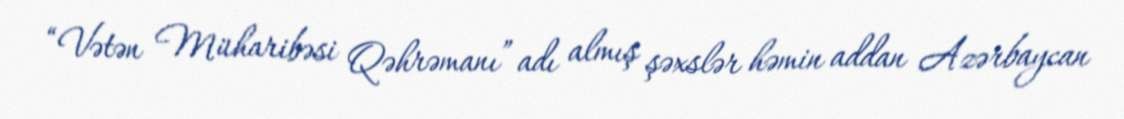
“Vətən Müharibəsi Qəhrəmanı” adı almış şəxslər həmin addan Azərbaycan